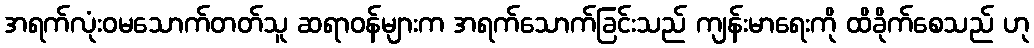
အရက်လုံးဝမသောက်တတ်သူ ဆရာဝန်များက အရက်သောက်ခြင်းသည် ကျန်းမာရေးကို ထိခိုက်စေသည် ဟု